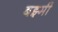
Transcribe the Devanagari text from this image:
बझ्मी